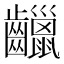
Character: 𪙷